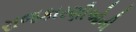
રાજકારણીઓની